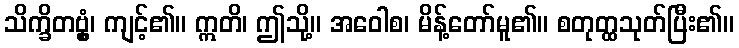
သိက္ခိတဗ္ဗှံ၊ ကျင့်၏။ ဣတိ၊ ဤသို့။ အဝေါစ၊ မိန့်တော်မူ၏။ စတုတ္ထသုတ်ပြီး၏။